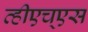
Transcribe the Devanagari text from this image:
व्हीएच्‌एस